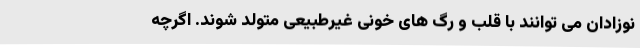
نوزادان می توانند با قلب و رگ های خونی غیرطبیعی متولد شوند. اگرچه